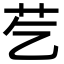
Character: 䒗